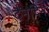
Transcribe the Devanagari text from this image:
दैंनदिन